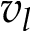
v _ { l }